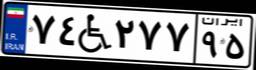
۷۴W۲۷۷۹۵